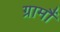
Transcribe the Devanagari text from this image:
ग्रामौं